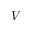
V